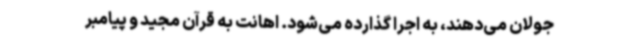
جولان می‌دهند، به اجرا گذارده می‌شود. اهانت به قرآن مجید و پیامبر